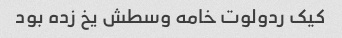
کیک ردولوت خامه وسطش یخ زده بود